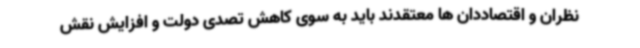
نظران و اقتصاددان ها معتقدند باید به سوی کاهش تصدی دولت و افزایش نقش